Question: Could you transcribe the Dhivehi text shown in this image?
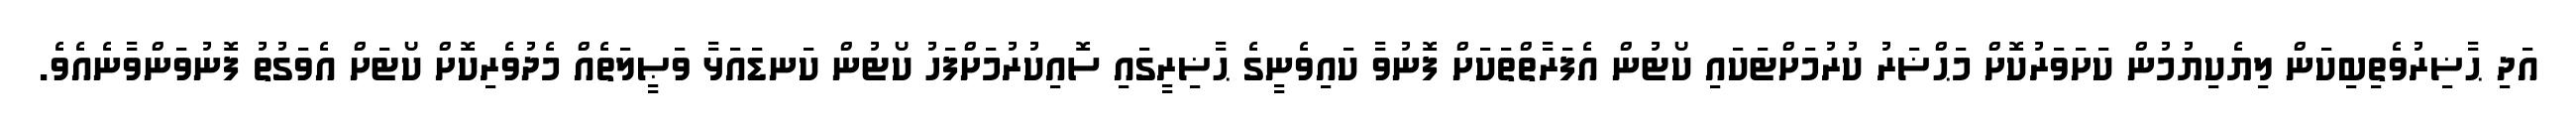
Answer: އަދި ޙާޟިރުވެތިބިކަން ލިޔެކިޔުމުން ކަށަވަރުކޮށް މަޙްޟަރު ކުރުމަށްޓަކައި ކޯޓުން އެފަރާތްތަކަށް ފޮނުވާ ކައިވެނީގެ ޙާޟިރީގައި ސޮއިކުރުމަށްފަހު ކޯޓުން ކަނޑައަޅާ ވަޞީލަތެއް މެދުވެރިކޮށް ކޯޓަށް އެވަގުތު ފޮނުވަންވާނެއެވެ.